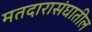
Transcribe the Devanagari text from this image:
मतदारासंघातील